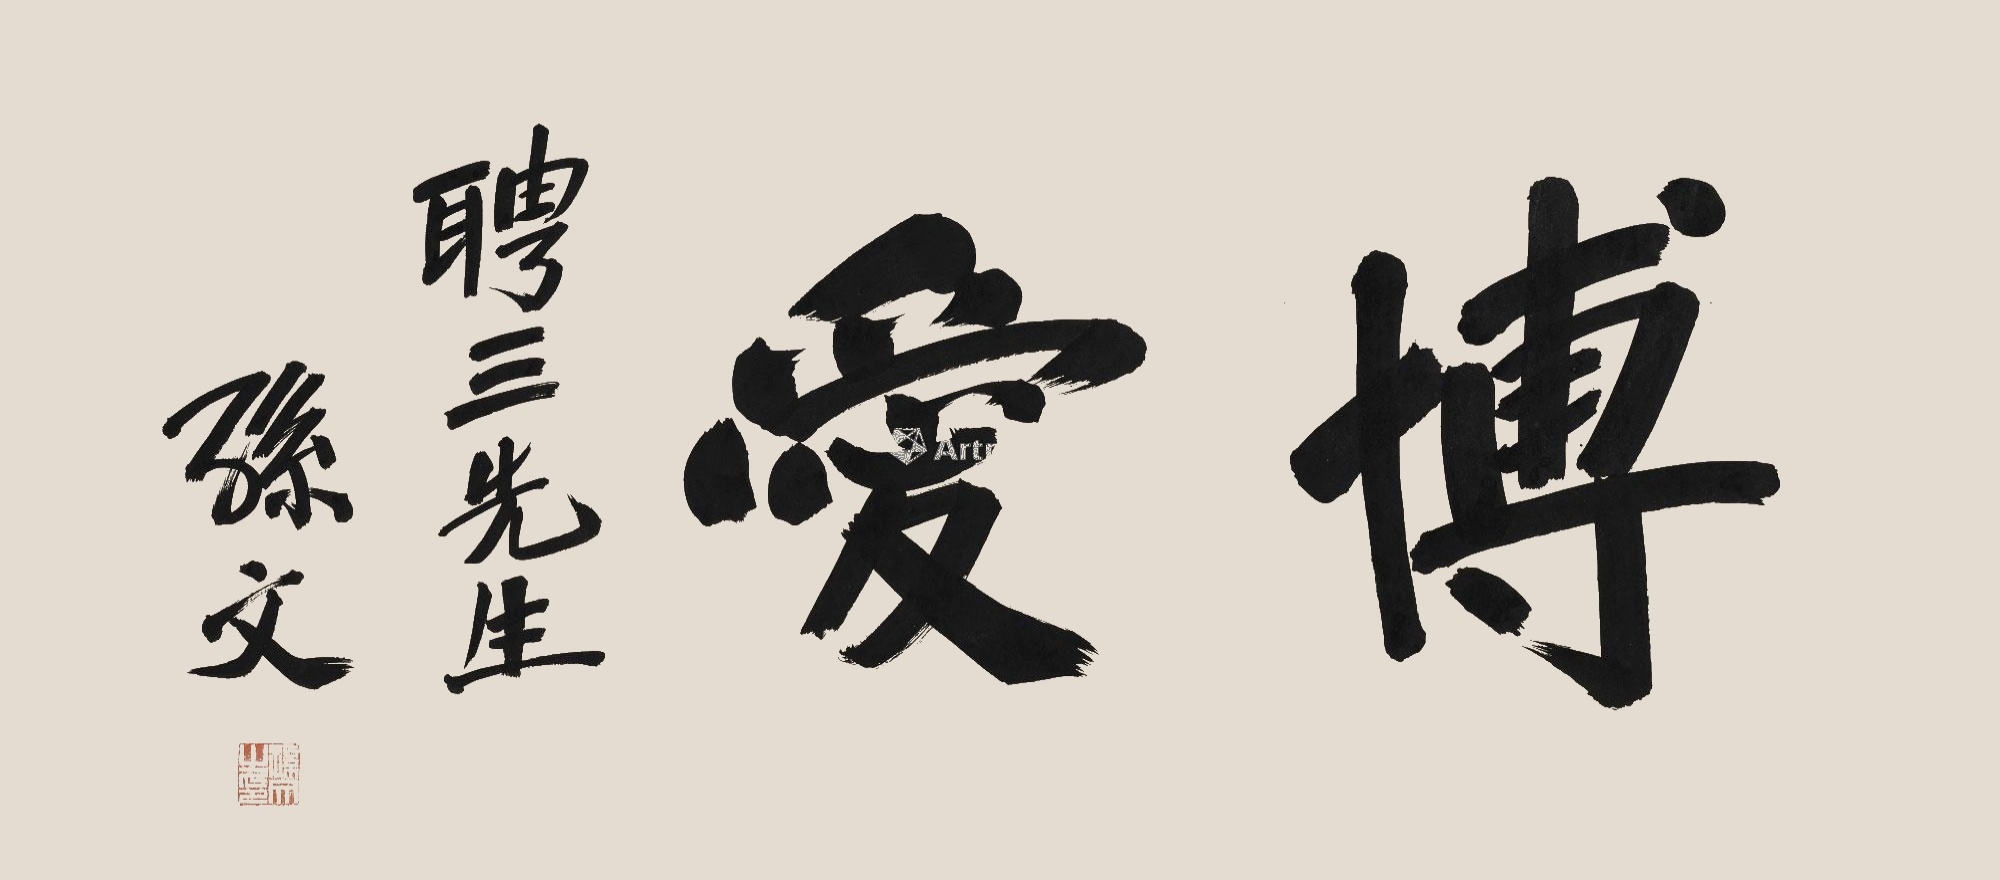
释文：博爱。聘三先生。孙文。